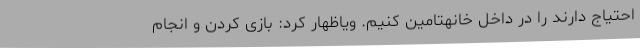
احتیاج دارند را در داخل خانهتامین کنیم. ویاظهار کرد: بازی کردن و انجام